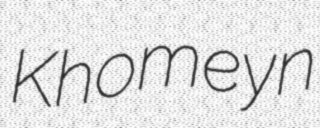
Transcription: Khomeyn